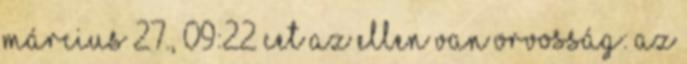
március 27., 09:22 CET Az ellen van orvosság: az